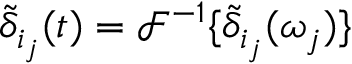
\tilde { \delta } _ { i _ { j } } ( t ) = \mathscr { F } ^ { - 1 } \{ \tilde { \delta } _ { i _ { j } } ( \omega _ { j } ) \}